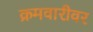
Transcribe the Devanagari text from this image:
क्रमवारीवर